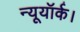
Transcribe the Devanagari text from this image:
न्यूयॉर्क।